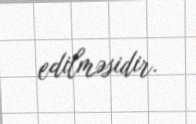
edilməsidir.